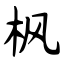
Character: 枫